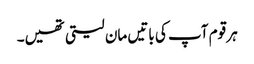
ہر قوم آپ کی باتیں مان لیتی تھیں۔